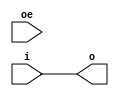
module twentynm_io_obuf (output o, input i, input oe);
   assign o  = i;
   assign oe = oe;
endmodule